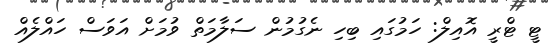
ޓީ ޓްރީ އޮއިލް: ހަމުގައި ބިހި ނެގުމުން ސަލާމަތް ވުމަށް އަވަސް ހައްލެއް